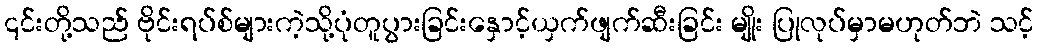
၎င်းတို့သည် ဗိုင်းရပ်စ်များကဲ့သို့ပုံတူပွားခြင်းနှောင့်ယှက်ဖျက်ဆီးခြင်း မျိုး ပြုလုပ်မှာမဟုတ်ဘဲ သင့်